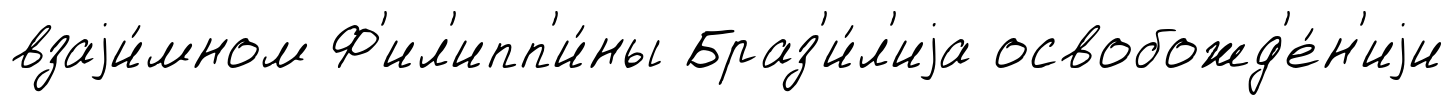
взаjи́мном Ф'ил'ипп'и́ны Браз'и́л'иjа освобожд'е́н'иjи